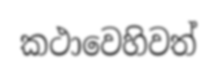
කථාවෙහිවත්